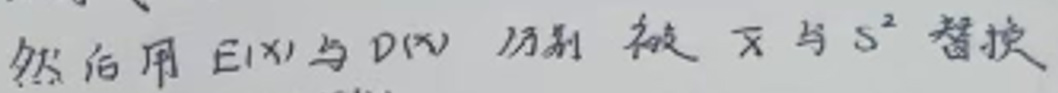
然后用 $E(X)$ 与 $D(X)$ 分别被 $\bar{X}$ 与 $S^{2}$ 替换